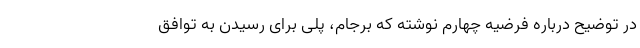
در توضیح درباره فرضیه چهارم نوشته که برجام، پلی برای رسیدن به توافق